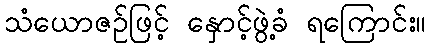
သံယောဇဉ်ဖြင့် နှောင့်ဖွဲ့ခံ ရကြောင်း။